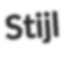
Stijl